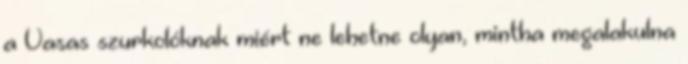
a Vasas szurkolóknak miért ne lehetne olyan, mintha megalakulna